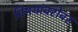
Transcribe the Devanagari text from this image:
विषयांबरोबर